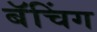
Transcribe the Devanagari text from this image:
बॅचिंग